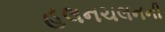
હલનચલનની